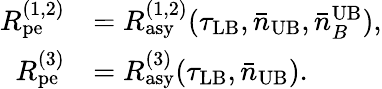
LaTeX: \begin{array}{rl}{R_{\mathrm{pe}}^{(1,2)}}&{=R_{\mathrm{asy}}^{(1,2)}(\tau_{\mathrm{LB}},\bar{n}_{\mathrm{UB}},\bar{n}_{B}^{\mathrm{UB}}),}\\ {R_{\mathrm{pe}}^{(3)}}&{=R_{\mathrm{asy}}^{(3)}(\tau_{\mathrm{LB}},\bar{n}_{\mathrm{UB}}).}\end{array}